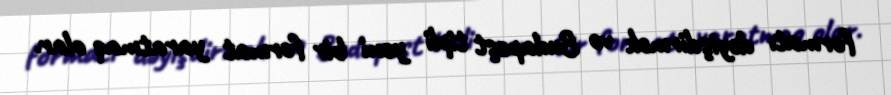
formatı dəyişdirmək və Budapeşt tipli yeni bir format yaratmaq olar.